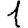
Digit: 1